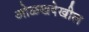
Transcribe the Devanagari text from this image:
ओळखदेखील